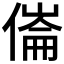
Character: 𠍓